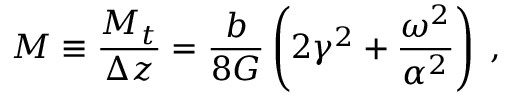
M \equiv \frac { M _ { t } } { \Delta z } = \frac { b } { 8 G } \left( 2 \gamma ^ { 2 } + \frac { \omega ^ { 2 } } { \alpha ^ { 2 } } \right) \; ,